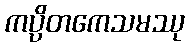
ကပ္ပိတကေသမဿု